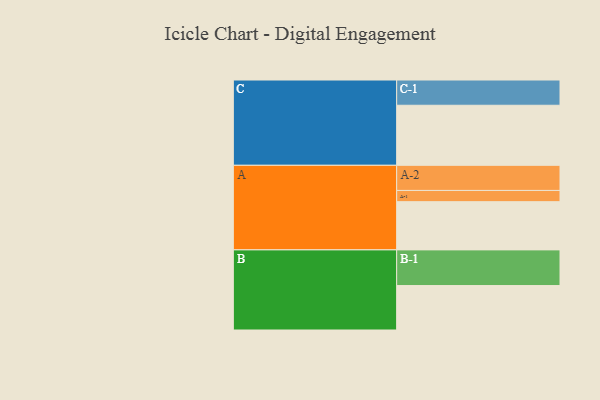
{"axis": {"x": "Segment", "y": "Value"}, "legend": ["", "A", "B", "C"], "data": [{"x": "A", "y": 399, "type": ""}, {"x": "B", "y": 368, "type": ""}, {"x": "C", "y": 497, "type": ""}, {"x": "A-1", "y": 93, "type": "A"}, {"x": "A-2", "y": 208, "type": "A"}, {"x": "B-1", "y": 295, "type": "B"}, {"x": "C-1", "y": 209, "type": "C"}]}